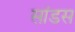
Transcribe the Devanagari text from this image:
सांडस